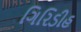
ગિરિડીહ